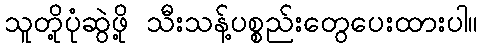
သူတို့ပုံဆွဲဖို့ သီးသန့်ပစ္စည်းတွေပေးထားပါ။